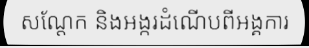
សណ្តែក និងអង្ករដំណើបពីអង្គការ